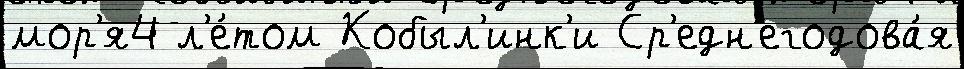
мор'я4 л'е́том Кобыл'инк'и Ср'едн'егодова́я